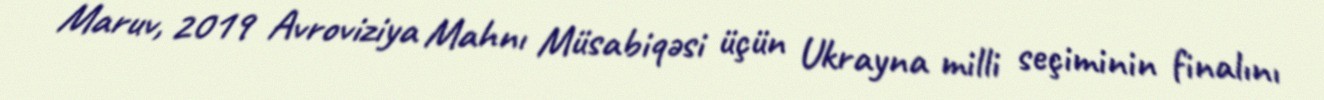
Maruv, 2019 Avroviziya Mahnı Müsabiqəsi üçün Ukrayna milli seçiminin finalını